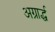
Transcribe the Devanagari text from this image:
अग्रार्द्ध